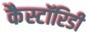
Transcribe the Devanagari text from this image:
कैस्टॉरिडी